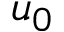
u _ { 0 }